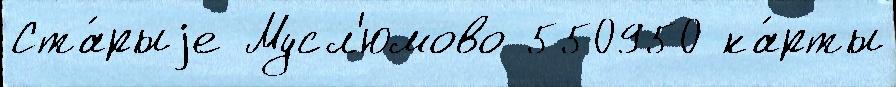
Ста́рыjе Мусл'юмово 550950 ка́рты